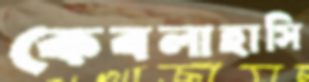
কেবলাহাসি